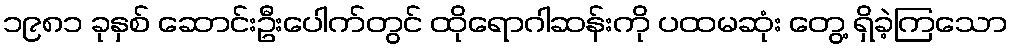
၁၉၈၁ ခုနှစ် ဆောင်းဦးပေါက်တွင် ထိုရောဂါဆန်းကို ပထမဆုံး တွေ့ ရှိခဲ့ကြသော